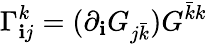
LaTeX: \Gamma_{\mathbf{i}j}^{k}=(\partial_{\mathbf{i}}G_{j{\bar{{k}}}})G^{{\bar{{k}}}k}